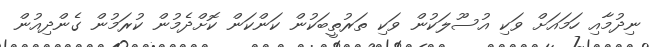
ނިދުމާއި ހަމައަށް ވަކި އުސޫލަކުން ވަކި ތަރުތީބަކުން ކަންކަން ކޮށްދެމުން ކުރަމުން ގެންދިއުން